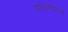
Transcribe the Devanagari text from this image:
पानांमधल्या